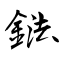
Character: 鍅